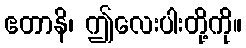
ဧတာနိ၊ ဤလေးပါးတို့ကို။